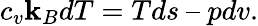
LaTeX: c_{v}\mathbf{k}_{B}dT=Tds\ –\ pdv.